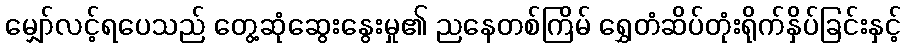
မျှော်လင့်ရပေသည် တွေ့ဆုံဆွေးနွေးမှု၏ ညနေတစ်ကြိမ် ရွှေတံဆိပ်တုံးရိုက်နှိပ်ခြင်းနှင့်